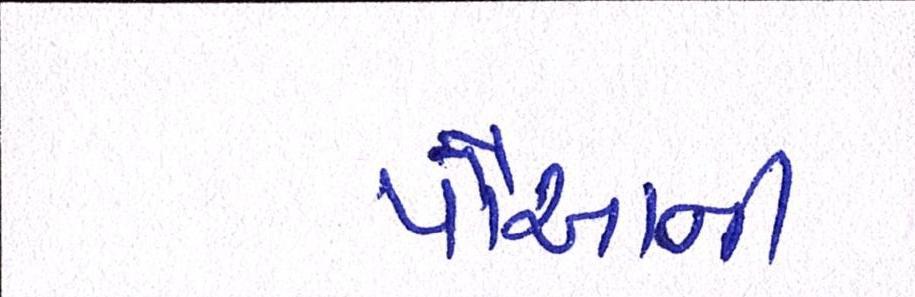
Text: પૌઆની